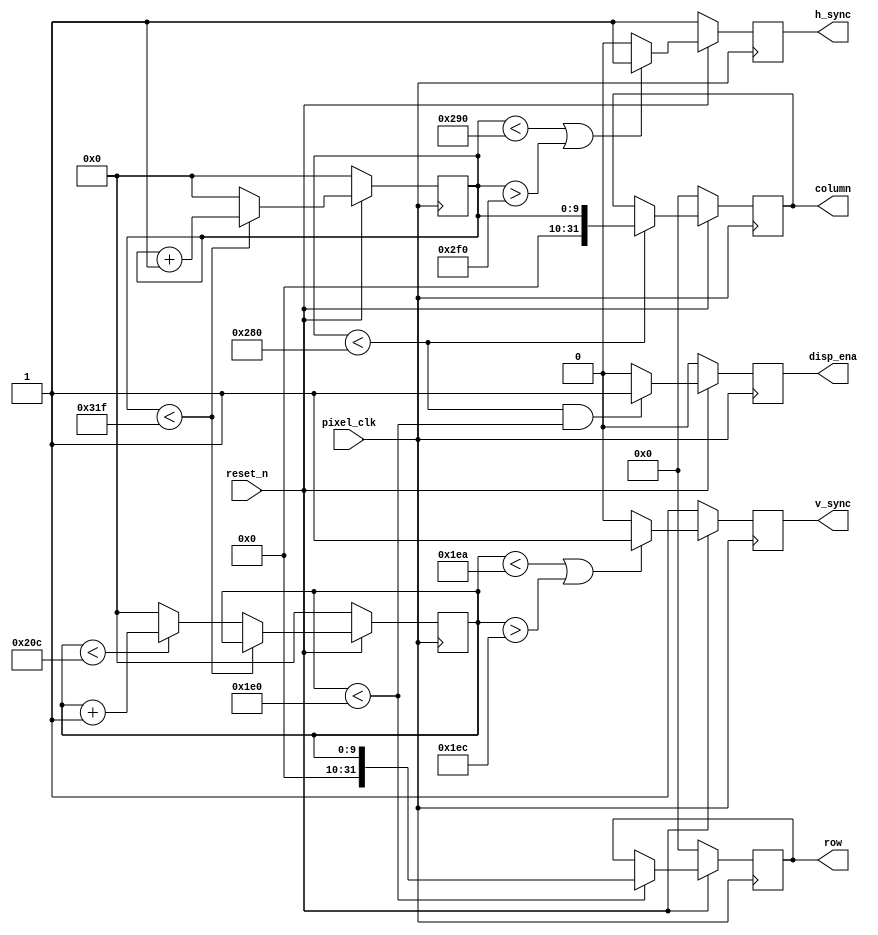
// VGA Sync machine
//
// 4/11/2021 Compiled from various sources

module vga_controller #(
   parameter h_pixels   = 640,   // horizontal display
   parameter h_fp       = 16,    // horizontal Front Porch
   parameter h_pulse    = 96,    // horizontal sync pulse
   parameter h_bp       = 48,    // horizontal back porch
   parameter h_pol      = 1'b0,  // horizontal sync polarity (1 = positive, 0 = negative)
   parameter v_pixels   = 480,   // vertical display
   parameter v_fp       = 10,    // vertical front porch
   parameter v_pulse    = 2,     // vertical pulse
   parameter v_bp       = 33,    // vertical back porch
   parameter v_pol      = 1'b0   // vertical sync polarity (1 = positive, 0 = negative)
)( input pixel_clk,           // Pixel clock
   input reset_n,             // Active low synchronous reset
   output reg h_sync,         // horizontal sync signal
   output reg v_sync,         // vertical sync signal
   output reg disp_ena,       // display enable (0 = all colors must be blank)
   output reg [31:0] column,  // horizontal pixel coordinate
   output reg [31:0] row      // vertical pixel coordinate
   );

   // Get total number of row and column pixel clocks
   localparam h_period = h_pulse + h_bp + h_pixels + h_fp;
   localparam v_period = v_pulse + v_bp + v_pixels + v_fp;

   // Full range counters
   reg [$clog2(h_period)-1:0] h_count;
   reg [$clog2(v_period)-1:0] v_count;

   always @(posedge pixel_clk) begin
      // Perform reset operations if needed
      if (reset_n == 1'b0) begin
         h_count  <= 0;
         v_count  <= 0;
         h_sync   <= ~ h_pol;
         v_sync   <= ~ v_pol;
         disp_ena <= 1'b0;
         column   <= 0;
         row      <= 0;
      end else begin

         // Pixel Counters
         if (h_count < h_period - 1) begin
            h_count <= h_count + 1;
         end else begin
            h_count <= 0;
            if (v_count < v_period - 1) begin
               v_count <= v_count + 1;
            end else begin
               v_count <= 0;
            end
         end

         // Horizontal Sync Signal
         if ( (h_count < h_pixels + h_fp) || (h_count > h_pixels + h_fp + h_pulse) ) begin
            h_sync <= ~ h_pol;
         end else begin
            h_sync <= h_pol;
         end

         // Vertical Sync Signal
         if ( (v_count < v_pixels + v_fp) || (v_count > v_pixels + v_fp + v_pulse) ) begin
            v_sync <= ~ v_pol;
         end else begin
            v_sync <= v_pol;
         end

         // Update Pixel Coordinates
         if (h_count < h_pixels) begin
            column <= h_count;
         end

         if (v_count < v_pixels) begin
            row <= v_count;
         end

         // Set display enable output
         if (h_count < h_pixels && v_count < v_pixels) begin
            disp_ena <= 1'b1;
         end else begin
            disp_ena <= 1'b0;
         end
      end
   end

endmodule